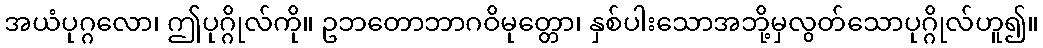
အယံပုဂ္ဂလော၊ ဤပုဂ္ဂိုလ်ကို။ ဥဘတောဘာဂဝိမုတ္တော၊ နှစ်ပါးသောအဘို့မှလွတ်သောပုဂ္ဂိုလ်ဟူ၍။